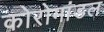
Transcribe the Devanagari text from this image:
कोरोमांडल